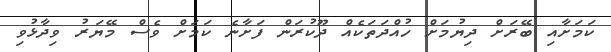
ކަމަށާއި ބޭރަށް ދިޔުމަށް ހުއްދަތަކެއް ދޫކުރަން ފަށާނެ ކަމަށް ވެސް މޭޔަރު ވިދާޅުވި